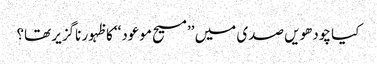
کیا چودھویں صدی میں ’’مسیح موعود‘‘ کا ظہور ناگزیر تھا؟